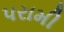
પરામી